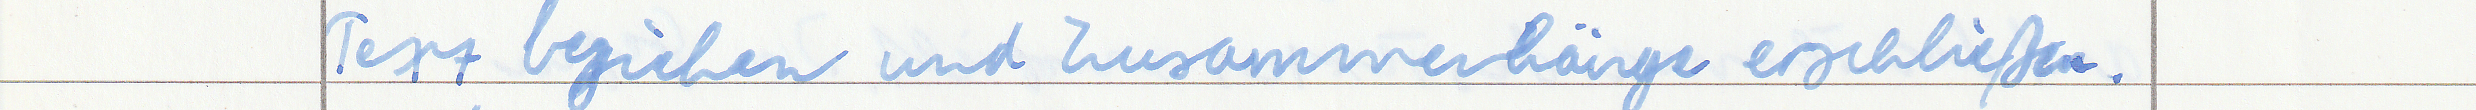
Text beziehen und Zusammenhänge erschließen.